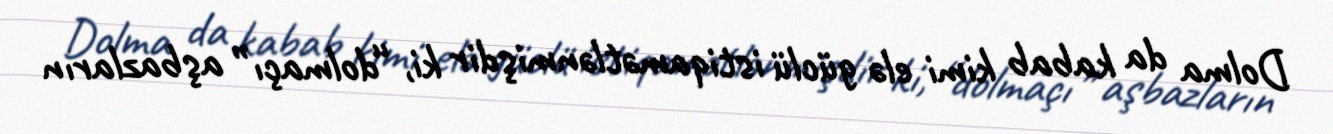
Dolma da kabab kimi elə güclü istiqamətlənmişdir ki, “dolmaçı” aşbazların